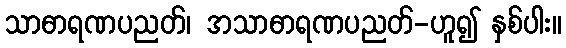
သာဓာရဏပညတ်၊ အသာဓာရဏပညတ်-ဟူ၍ နှစ်ပါး။